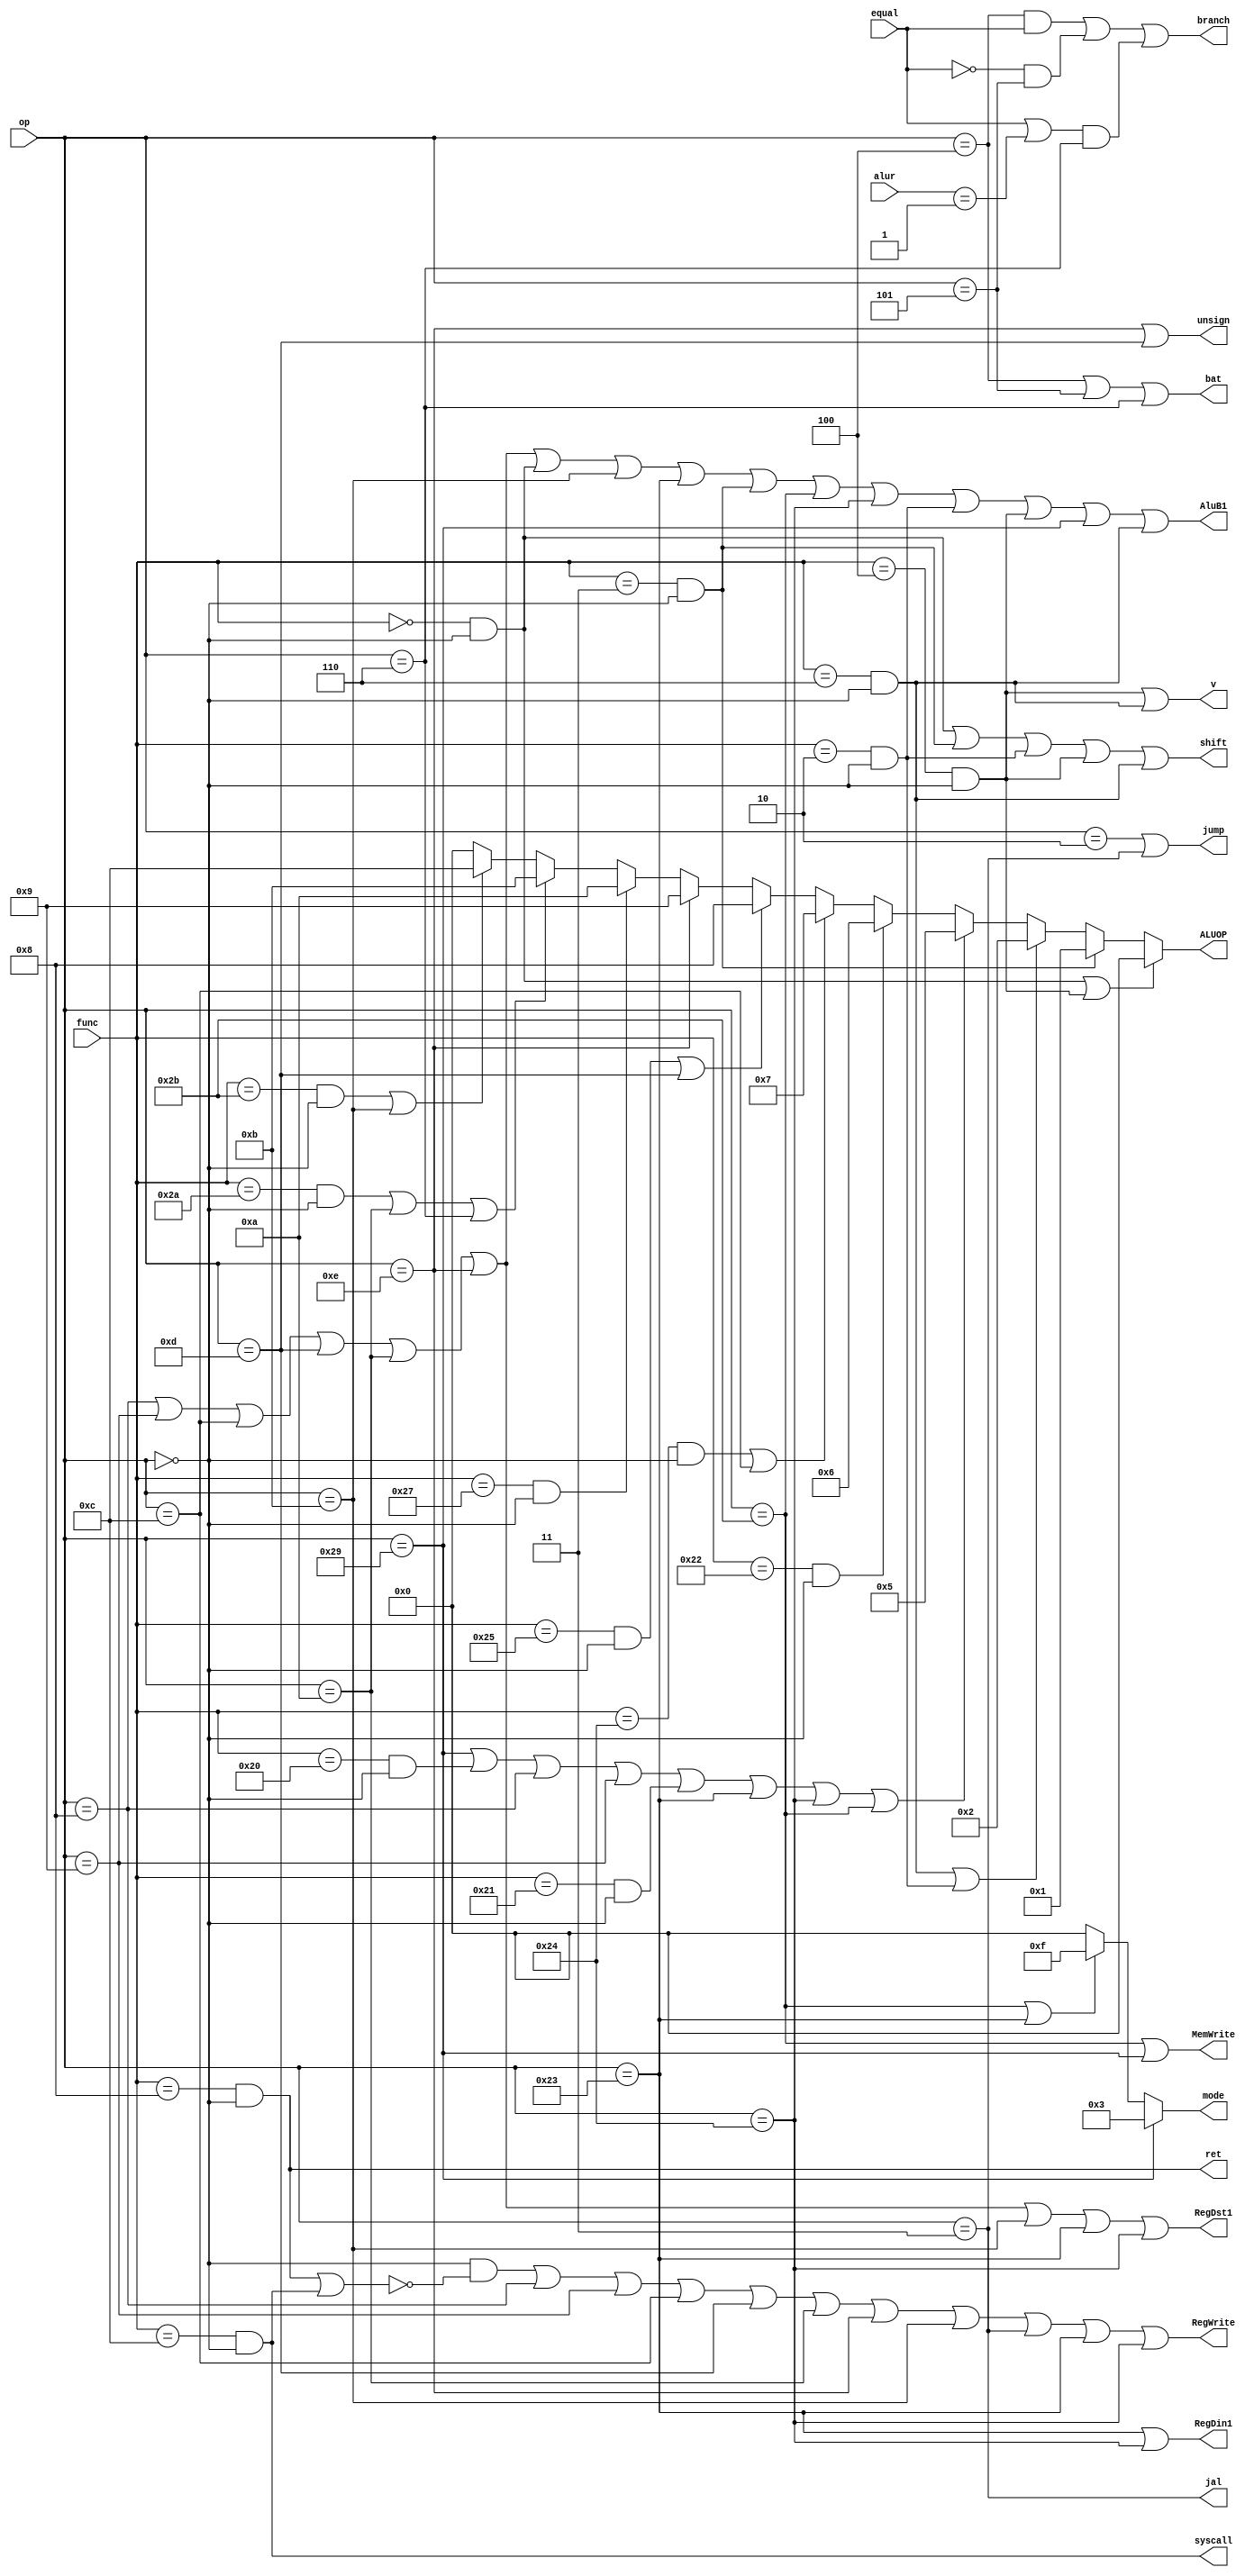
module controller(
    op, func, alur,equal,  
    jump,branch,ret,RegDst1,jal,RegDin1,
    shift,ALUOP,syscall,RegWrite,MemWrite,
    mode,bat,AluB1,v,unsign
    );
    input [5:0] op; //op字段
    input [5:0] func;//func字段
    input [31:0] alur;  //alu的运算结果
    input equal;        //alu是否相等的判断输出
    output  jump;    //无条件分支
    output  branch;  //有条件分支成功
    output  bat; //有条件分支尝试
    output  ret; //return 返回
    output  RegDst1; //
    output  jal; //函数调用jal
    output  RegDin1; //
    output  shift;   //位移
    output  [3:0]ALUOP;     //alu的操作码
    output  syscall;        //停机
    output  RegWrite;       //写寄存器  
    output  MemWrite;      // 写数据存储器
    output  [3:0]mode;    //数据存储器访问模式
    output  AluB1;  //alu的b输出的选择信号
    output unsign;//无符号判断
    output v;
    wire r;
    wire addi;
    wire addiu;
    wire andi;
    wire ori;
    wire slti;
    wire xori;
    wire sltiu;
    wire lw;
    wire lbu;
    wire sw;
    wire sh;
    wire beq;
    wire bne;
    wire blez;
    wire j;
    wire add;
    wire addu;
    wire And;
    wire sll;
    wire sllv;
    wire sra;
    wire srlv;
    
    wire srl;
    wire sub;
    wire Or;
    wire Nor;
    wire slt;
    wire sltu;
    wire tmpsys,tmpbr;
    assign r = (op==6'h00);     //8
    assign addi = (op==6'h08);
    assign addiu = (op==6'h09);
    assign andi = (op==6'h0c);
    assign ori = (op==6'h0d);
    assign slti = (op==6'h0a);
    assign xori = (op==6'h0e);
    assign sltiu = (op==6'h0b);
    assign lw = (op==6'h23);
    assign sw = (op==6'h2b);
    assign lbu = (op==6'h24);
    assign sh =  (op==6'h29);
    assign beq = (op==6'h04);
    assign bne = (op==6'h05);
    assign blez = (op==6'h06);
    assign j = (op==6'h02);
    assign jal = (op==6'h03);
    assign add = (func==6'h20)& r;
    assign addu = (func==6'h21)& r;
    assign And = (func==6'h24)& r;
    assign sll = (func==6'h00)& r;
    assign sra = (func==6'h03)& r;
    assign srl = (func==6'h02)& r;
    assign sub = (func==6'h22)& r;
    assign Or = (func==6'h25)& r;
    assign Nor = (func==6'h27)& r;
    assign slt = (func==6'h2a)& r;
    assign sltu = (func==6'h2b)& r;
    assign ret = (func==6'h08)& r;
    assign syscall = (func==6'h0c)& r;
    assign tmpsys = r & (~(ret | syscall));
    assign tmpbr = equal | (alur==32'h00000001);
    assign unsign = xori|ori;
    
    
    assign sllv =  (func==6'h04)& r;

    assign srlv =  (func==6'h06)& r;
    
    assign MemWrite = sw|sh;
    assign jump = j|jal;
    assign bat = beq|bne|blez;
    assign RegDst1 = addi|addiu|andi|ori|slti|xori|sltiu|lw|lbu;
    assign RegDin1 = lw|lbu;
    
    assign AluB1 = addi|addiu|andi|ori|slti|xori|sll|sltiu|lw|sra|sw|lbu|srl|sllv|sh|srlv;
    
    assign RegWrite = tmpsys|addi|addiu|andi|ori|slti|xori|sltiu|jal|lw|lbu;
    assign branch = beq & equal | (~equal)& bne | tmpbr & blez;
    
    assign shift = sll | sra | srl|sllv|srlv;
    assign v=sllv|srlv;
    
    assign mode = sh ? 4'b0011:
        (sw | lw)? 4'b1111: 4'b0000;
    assign ALUOP = (sll|sllv) ? 4'h00:
                    (sra) ? 4'h01:
                    (srlv|srl)? 4'h02:
                    (sh|add|addi|addiu|addu|lw|lbu|sw)? 4'h05:
                    sub? 4'h06:
                    (And|andi)? 4'h07:
                    (Or|ori)? 4'h08:
                    xori? 4'h09:
                    Nor? 4'h0a:
                    (slt|slti|blez)? 4'h0b:
                    (sltu|sltiu)? 4'h0c:4'h00;//最后一种情况？？
endmodule